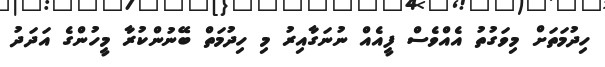
ހިދުމަތަށް މިވަގުތު އެއްވެސް ފީއެއް ނުނަގާއިރު މި ހިދުމަތް ބޭނުންކުރާ މީހުންގެ އަދަދު